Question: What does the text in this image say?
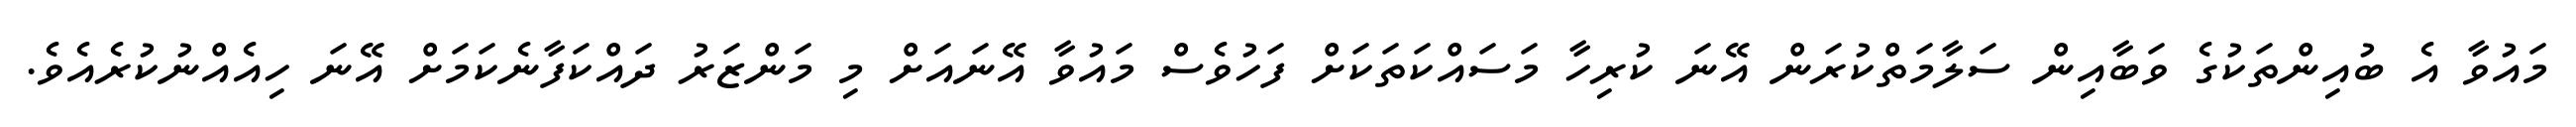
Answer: މައުވާ އެ ބުއިންތަކުގެ ވަބާއިން ސަލާމަތްކުރަން އޭނަ ކުރިހާ މަސައްކަތަކަށް ފަހުވެސް މައުވާ އޭނައަށް މި މަންޒަރު ދައްކަފާނެކަމަށް އޭނަ ހިއެއްނުކުރެއެވެ.